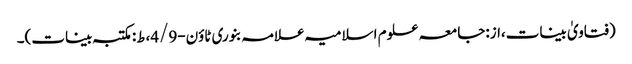
(فتاویٰ بینات،از:جامعہ علوم اسلامیہ علامہ بنوری ٹاؤن-4/9،ط:مکتبہ بینات)۔